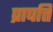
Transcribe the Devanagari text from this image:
प्रापत्ति